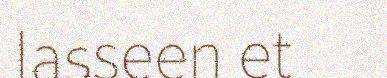
lasseen et